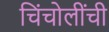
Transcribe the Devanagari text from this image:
चिंचोलींची